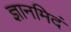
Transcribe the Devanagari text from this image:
ज्ञानमिदं